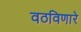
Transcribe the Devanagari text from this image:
वठविणारे